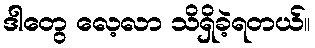
ဒါတွေ လေ့လာ သိရှိခဲ့ရတယ်။